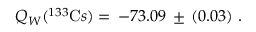
Q _ { W } ( ^ { 1 3 3 } { \mathrm C s } ) = \, - 7 3 . 0 9 \, \pm \, ( 0 . 0 3 ) ~ .